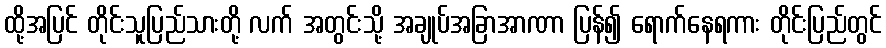
ထို့အပြင် တိုင်းသူပြည်သားတို့ လက် အတွင်းသို့ အချုပ်အခြာအာဏာ ပြန်၍ ရောက်နေရကား တိုင်းပြည်တွင်